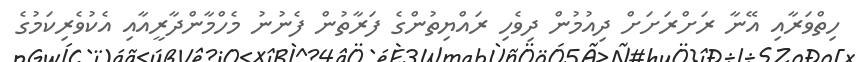
ހިތްވަރާއި އޭނާ ރަށްރަށަށް ދިއުމުން ދިވެހި ރައްޔިތުންގެ ފަރާތުން ފެނުނު މެހްމާންދާރީއާއި އެކުވެރިކަމުގެ